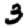
Digit: 3